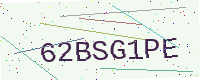
Text: 62BSG1PE